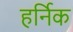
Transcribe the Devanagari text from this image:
हर्निक